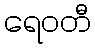
ရေဝတီ